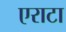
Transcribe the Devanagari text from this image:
एराटा